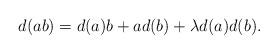
LaTeX: \begin{gather*}d(ab) = d(a)b + a d(b) + \lambda d(a)d(b) .\end{gather*}